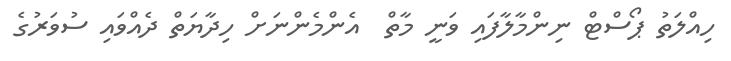
ހިއްލަތު ޕޯސްޓް ނިންމާލާފައި ވަނީ މާތް  އެންމެންނަށް ހިދާޔަތް ދެއްވައި ސުވަރުގެ